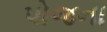
પોજના